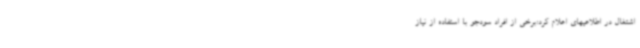
اشتغال در اطلاعیهای اعلام کرد:برخی از افراد سودجو با استفاده از نیاز